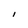
Character: I